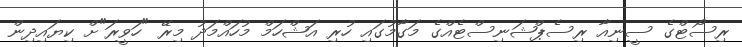
ރިސޯޓްގެ ސީނިއާ ރިސެޕްޝަނިސްޓެއްގެ މަގާމުގައި ހުރި އަޝްހަމް މުހައްމަދު މިރޭ "ހަވީރަ"ށް ކިޔައިދިން